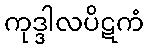
ကုဒ္ဒါလပိဋကံ